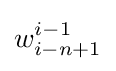
w_{i-n+1}^{i-1}